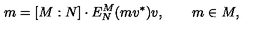
m = [ M : N ] \cdot E _ { N } ^ { M } ( m v ^ { * } ) v , \qquad m \in M ,